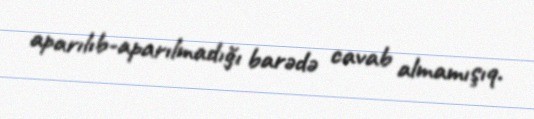
aparılıb-aparılmadığı barədə cavab almamışıq.